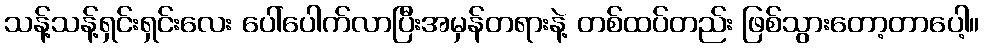
သန့်သန့်ရှင်းရှင်းလေး ပေါ်ပေါက်လာပြီးအမှန်တရားနဲ့ တစ်ထပ်တည်း ဖြစ်သွားတော့တာပေါ့။